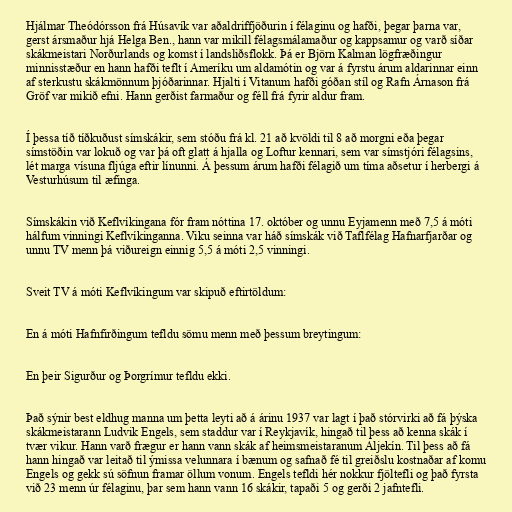
Hjálmar Theódórsson frá Húsavík var aðaldriffjöðurin í félaginu og hafði, þegar þarna var,
gerst ársmaður hjá Helga Ben., hann var mikill félagsmálamaður og kappsamur og varð síðar
skákmeistari Norðurlands og komst í landsliðsflokk. Þá er Björn Kalman lögfræðingur
minnisstæður en hann hafði teflt í Ameríku um aldamótin og var á fyrstu árum aldarinnar einn
af sterkustu skákmönnum þjóðarinnar. Hjalti í Vitanum hafði góðan stíl og Rafn Árnason frá
Gröf var mikið efni. Hann gerðist farmaður og féll frá fyrir aldur fram.

Í þessa tíð tíðkuðust símskákir, sem stóðu frá kl. 21 að kvöldi til 8 að morgni eða þegar
símstöðin var lokuð og var þá oft glatt á hjalla og Loftur kennari, sem var símstjóri félagsins,
lét marga vísuna fljúga eftir línunni. Á þessum árum hafði félagið um tíma aðsetur í herbergi á
Vesturhúsum til æfinga.

Símskákin við Keflvíkingana fór fram nóttina 17. október og unnu Eyjamenn með 7,5 á móti
hálfum vinningi Keflvíkinganna. Viku seinna var háð símskák við Taflfélag Hafnarfjarðar og
unnu TV menn þá viðureign einnig 5,5 á móti 2,5 vinningi.

Sveit TV á móti Keflvíkingum var skipuð eftirtöldum:

En á móti Hafnfirðingum tefldu sömu menn með þessum breytingum:

En þeir Sigurður og Þorgrímur tefldu ekki.

Það sýnir best eldhug manna um þetta leyti að á árinu 1937 var lagt í það stórvirki að fá þýska
skákmeistarann Ludvik Engels, sem staddur var í Reykjavík, hingað til þess að kenna skák í
tvær vikur. Hann varð frægur er hann vann skák af heimsmeistaranum Aljekín. Til þess að fá
hann hingað var leitað til ýmissa velunnara í bænum og safnað fé til greiðslu kostnaðar af komu
Engels og gekk sú söfnun framar öllum vonum. Engels tefldi hér nokkur fjöltefli og það fyrsta
við 23 menn úr félaginu, þar sem hann vann 16 skákir, tapaði 5 og gerði 2 jafntefli.